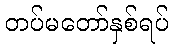
တပ်မတော်နှစ်ရပ်